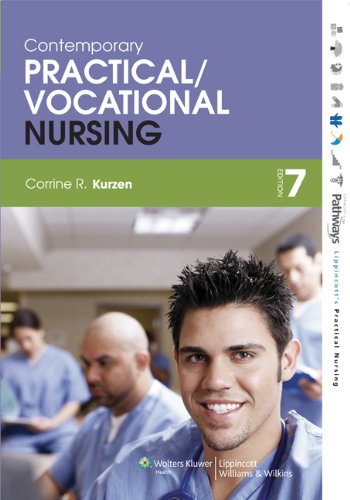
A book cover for Contemporary Practical/Vocational Nursing (Lippincott's Practical Nursing); Corrine R. Kurzen MEd  MSN  RN; Medical Books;